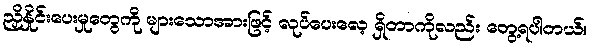
ညှိနှိုင်းပေးမှုတွေကို များသောအားဖြင့် လုပ်ပေးလေ့ ရှိတာကိုလည်း တွေ့ရပါတယ်။